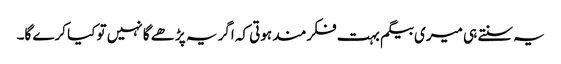
یہ سنتے ہی میری بیگم بہت فکرمند ہوتی کہ اگر یہ پڑھے گا نہیں تو کیا کرے گا۔